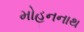
મોહનનાથ